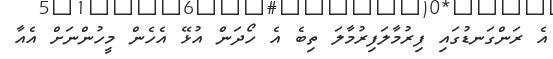
އެ ރަންގަނޑުގައި ފިރުމާލަފިރުމާލަ ތިބެ އެ ހޯދަން އުޅޭ އެހެން މީހުންނަށް އެއާ